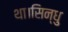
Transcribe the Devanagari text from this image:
था।सिन्धु